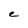
Character: e